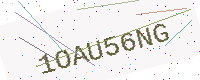
Text: 1OAU56NG